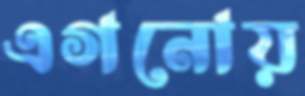
এগনোয়